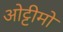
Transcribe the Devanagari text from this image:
ओट्टीमो